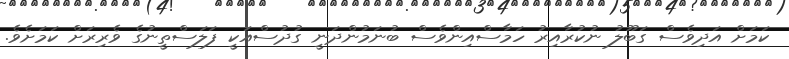
ކަމަށް އަދިވެސް ގަބޫލު ނުކުރާއިރު ހަމާސްއިންވެސް ބުނަމުންދަނީ ގުދުސްއަކީ ފަލަސްތީނުގެ ވެރިރަށް ކަމަށެވެ.